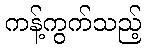
ကန့်ကွက်သည့်